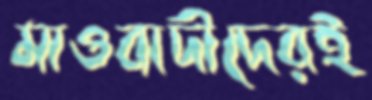
মাওবাদীদেরই